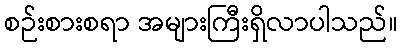
စဉ်းစားစရာ အများကြီးရှိလာပါသည်။